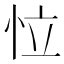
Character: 𢘮